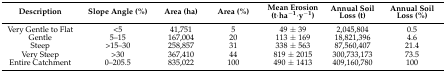
<table><thead><tr><td><b>Description</b></td><td><b>Slope Angle (%)</b></td><td><b>Area (ha)</b></td><td><b>Area (%)</b></td><td><b>Mean Erosion (t·ha<sup>−1</sup>·y<sup>−1</sup>)</b></td><td><b>Annual Soil Loss (t)</b></td><td><b>Annual Soil Loss (%)</b></td></tr></thead><tbody><tr><td>Very Gentle to Flat</td><td>&lt;5</td><td>41,751</td><td>5</td><td>49 ± 39</td><td>2,045,804</td><td>0.5</td></tr><tr><td>Gentle</td><td>5–15</td><td>167,004</td><td>20</td><td>113 ± 169</td><td>18,821,396</td><td>4.6</td></tr><tr><td>Steep</td><td>&gt;15–30</td><td>258,857</td><td>31</td><td>338 ± 563</td><td>87,560,407</td><td>21.4</td></tr><tr><td>Very Steep</td><td>&gt;30</td><td>367,410</td><td>44</td><td>819 ± 2015</td><td>300,733,173</td><td>73.5</td></tr><tr><td>Entire Catchment</td><td>0–205.5</td><td>835,022</td><td>100</td><td>490 ± 1413</td><td>409,160,780</td><td>100</td></tr></tbody></table>